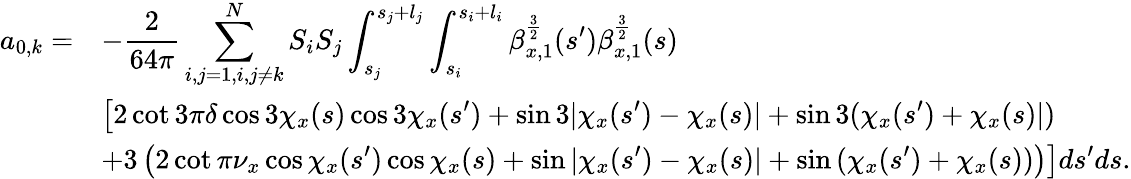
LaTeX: \begin{array}{cl}{\displaystyle a_{0,k}=}&{\displaystyle-\frac{2}{64\pi}\sum_{i,j=1,i,j\neq k}^{N}{S_{i}S_{j}\int_{s_{j}}^{s_{j}+l_{j}}{\int_{s_{i}}^{s_{i}+l_{i}}{\beta_{x,1}^{\frac{3}{2}}(s^{\prime})\beta_{x,1}^{\frac{3}{2}}(s)}}}}\\ &{\displaystyle\left[2\cot{3\pi\delta}\cos{3\chi_{x}(s)}\cos{3\chi_{x}(s^{\prime})}+\sin{3|\chi_{x}(s^{\prime})-\chi_{x}(s)|}+\sin{3(\chi_{x}(s^{\prime})+\chi_{x}(s)|)}\right.}\\ &{\displaystyle\left.+3\left(2\cot{\pi\nu_{x}}\cos{\chi_{x}(s^{\prime})}\cos{\chi_{x}(s)}+\sin{|\chi_{x}(s^{\prime})-\chi_{x}(s)|}+\sin{(\chi_{x}(s^{\prime})+\chi_{x}(s))}\right)\right]ds^{\prime}ds.}\end{array}